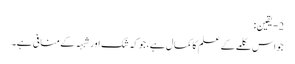
2- یقین:
جواس کلمے کے علم کاکمال ہے،جوکہ شک اورشبہہ کےمنافی ہے۔